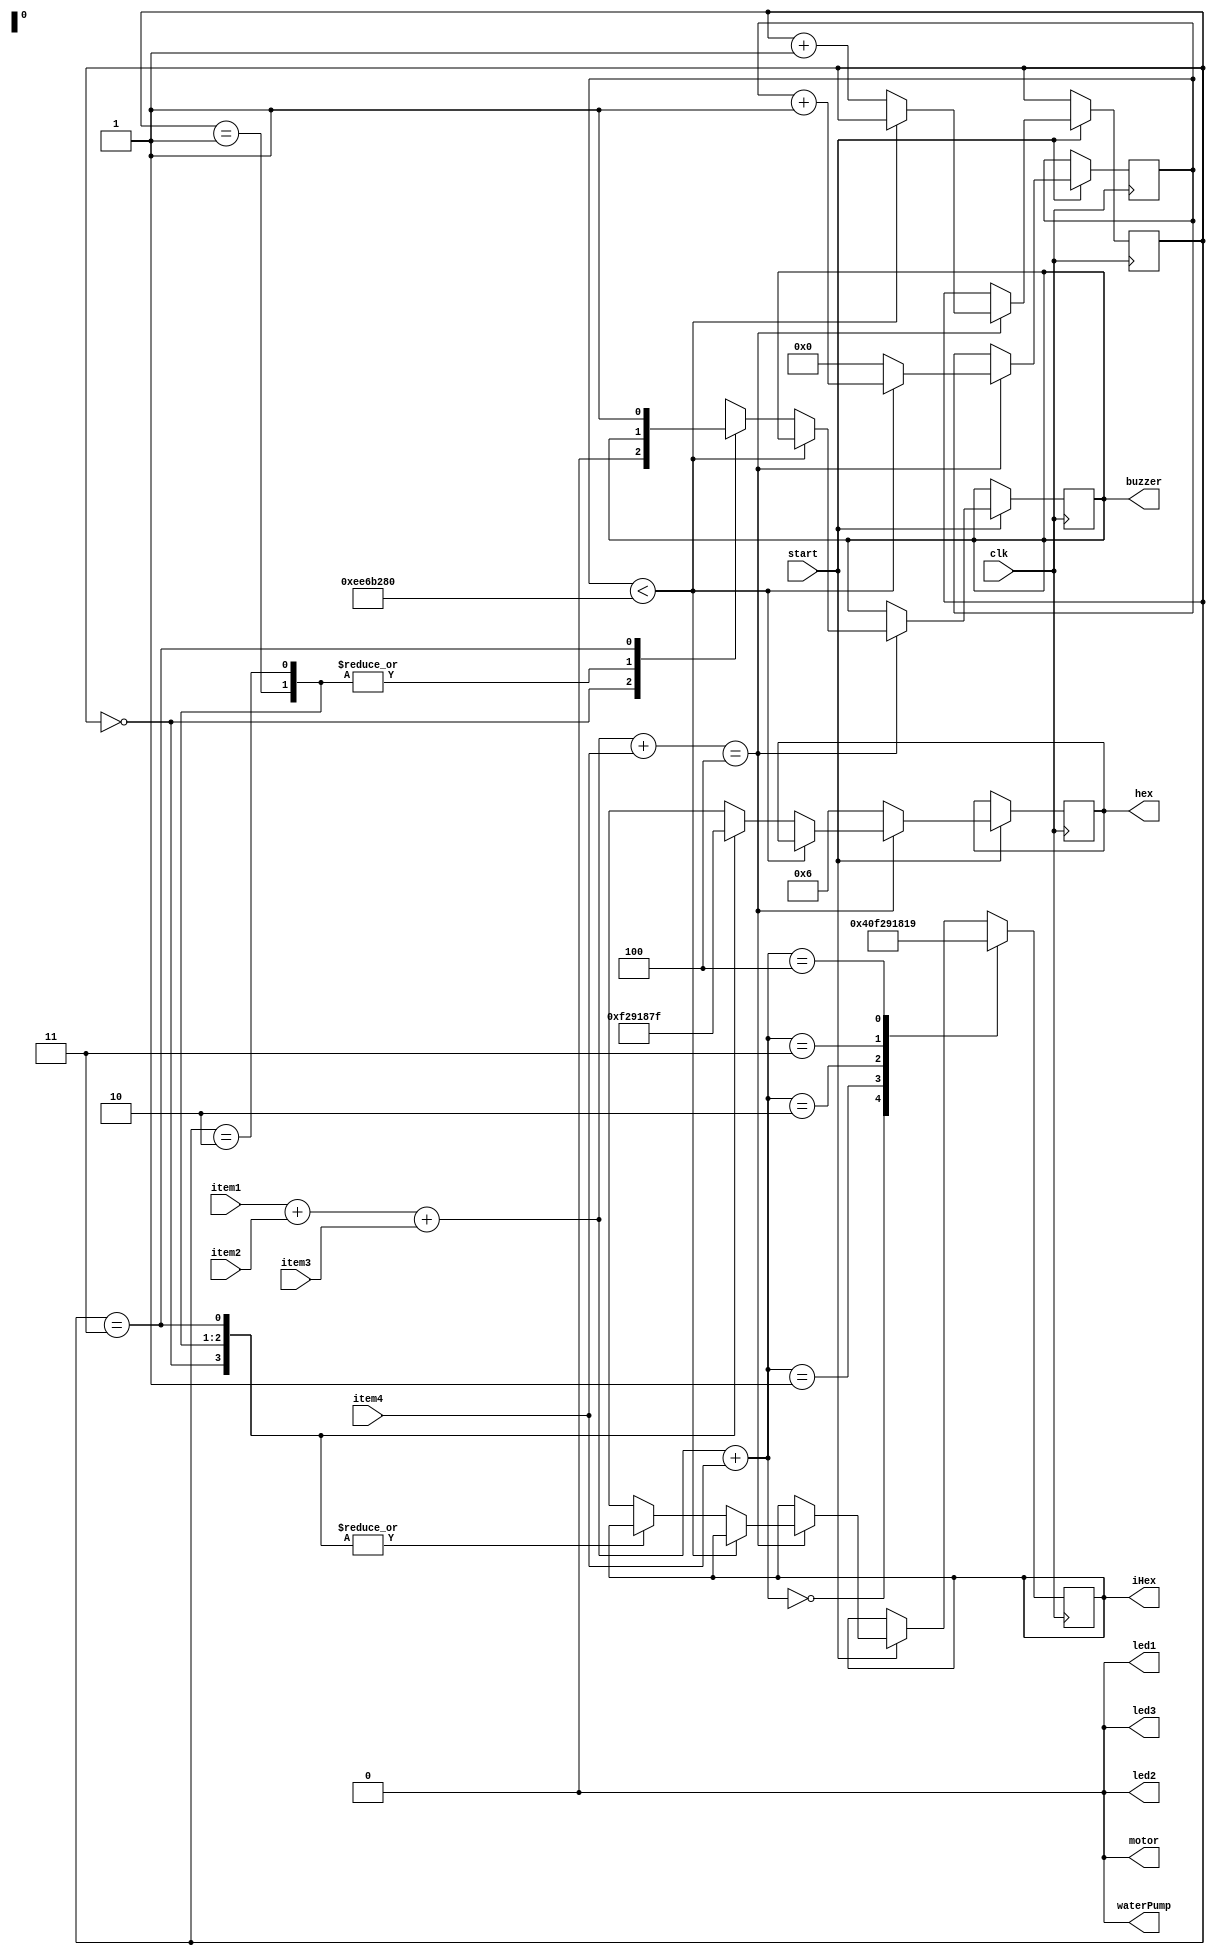
module zanussi(clk,start,item1,item2,item3,item4,led1,led2,led3, motor, buzzer, waterPump, hex, iHex);
input 	start;
input 	clk;
input 	item1,item2,item3,item4;
wire		item1,item2,item3,item4;
wire 		start,clk;
output  	led1 = 0;
output  	led2 = 0;
output	led3 = 0;
output	buzzer;
output	motor = 0;
output	waterPump = 0;
output	[6:0]hex;
output	[6:0]iHex;
reg		[6:0]hex;
reg		[6:0]iHex;
reg  		led1,led2,led3;
reg 		[1:0]stage_counter = 0;
reg		[32:0]tiktok;
reg		motor;	
reg		buzzer;
reg		waterPump;


always @(posedge clk) begin
	if(start == 1) begin
		if( (item1+item2+item3+item4) == 4)  begin
			if(tiktok < 5*50_000_000) begin//5 Seconds
				tiktok <= tiktok + 1;			
			end
			else begin
				tiktok <= 0;			
				case(stage_counter)		
					2'b00://Stage 1 (Fill Water)
					begin 
						buzzer = 0;
						waterPump=1;
						led1=1;
						hex=7'b111_1001;//1
					end
					2'b01://Stage 2 (Motor Rotation)
					begin
						waterPump = 0;
						motor=1;
						led1=0;
						led2=1;
						hex=7'b010_0100;//2
					end
					2'b10://Stage 3 (Rotate and dry)
					begin
						waterPump = 1;
						led2=0;
						led3=1;
						hex=7'b011_0000;
					end
					2'b11:
					begin//Start Buzzer
						waterPump = 0;
						motor=0;
						led3=0;
						buzzer=1;
						hex=7'b111_1111;
					end
					default:begin hex=7'b000_0000; iHex=7'b111_1111;end
				endcase
				stage_counter <= stage_counter + 1;
			end
		end//end items_counter
		else begin hex=7'b000_0110; end//ERROR*/
	end//end start
	case((item1+item2+item3+item4)) 
		3'b000:iHex=7'b100_0000;//0
		3'b001:iHex=7'b111_1001;//1
		3'b010:iHex=7'b010_0100;//2
		3'b011:iHex=7'b011_0000;//3
		3'b100:iHex=7'b001_1001;//4
	endcase
end//end always

endmodule